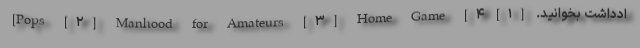
ادداشت بخوانید. [۱] Pops [۲] Manhood for Amateurs [۳] Home Game [۴]